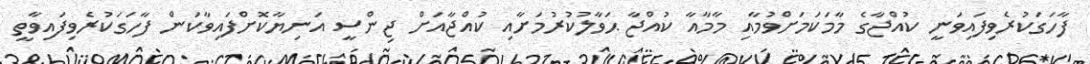
ފާހަގަކުރެވިފައިވަނީ ކުއްޖާގެ މާމަކަމަށްވުމާއި މާމާއާ ކުއްޖާ ޙަވާލުކުރުމަށާއި ކުއްޖާއަށް ޖިންސީ އަނިޔާކޮށްފައިވާކަން ފާހަގަކުރެވިފައިވާތީ